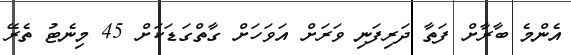
އެންމެ ބާރާށް ފަތާ ދަރިފަނި ވަރަށް އަވަހަށް ގާތްގަޑަކަށް 45 މިނެޓު ތެރޭ